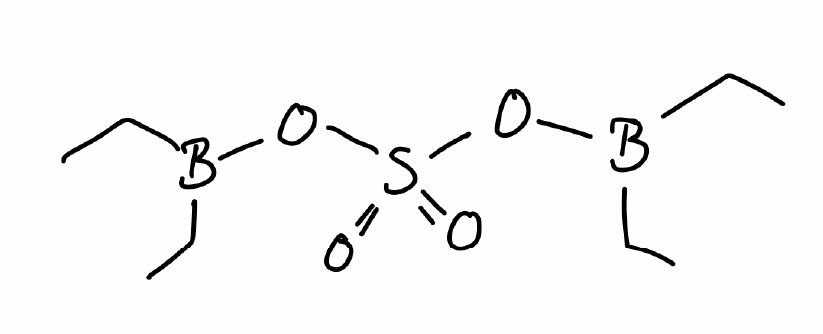
Simplified molecular-input line-entry system (SMILES) notation of the given molecule:
B(CC)(CC)OS(=O)(=O)OB(CC)CC